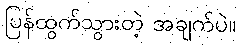
ပြန်ထွက်သွားတဲ့ အချက်ပဲ။